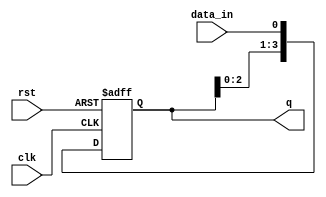
module ShiftRegister (
    input wire clk,        // Clock input
    input wire rst,        // Asynchronous reset
    input wire data_in,    // Serial data input
    output reg [3:0] q     // 4-bit data output
);

    // Shift Register Logic
    always @(posedge clk or posedge rst) begin
        if (rst) begin
            q <= 4'b0000; // Clear the register on reset
        end else begin
            q <= {q[2:0], data_in}; // Shift data in from the right
        end
    end

endmodule